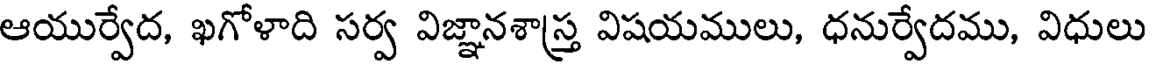
ఆయుర్వేద, ఖగోళాది సర్వ విజ్ఞానశాస్త్ర విషయములు, ధనుర్వేదము, విధులు